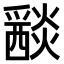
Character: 𤑀